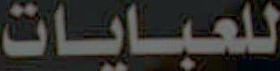
للعبايات